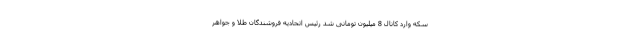
سکه وارد کانال 8 میلیون تومانی شد رئیس اتحادیه فروشندگان طلا و جواهر